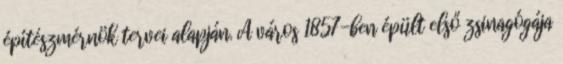
építészmérnök tervei alapján. A város 1857-ben épült első zsinagógája